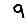
Digit: 9